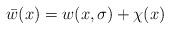
LaTeX: \begin{align*} \bar{w}(x) = w(x,\sigma) + \chi(x)\end{align*}